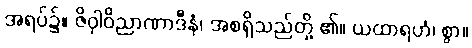
အရပ်၌။ ဇိဝှါဝိညာဏာဒီနံ၊ အစရှိသည်တို့ ၏။ ယထာရဟံ၊ စွာ။